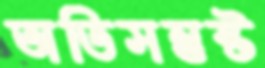
অতিসন্তুষ্ট